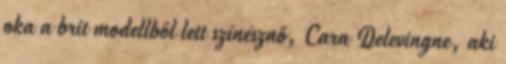
oka a brit modellből lett színésznő, Cara Delevingne, aki